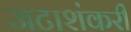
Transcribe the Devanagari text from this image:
जटाशंकरी